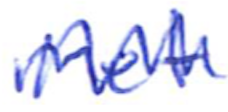
Text: met
Cross-out: zig-zag
Writing tool: ballpoint